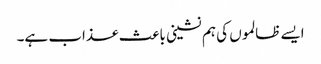
ایسے ظالموں کی ہم نشینی باعث عذاب ہے۔